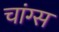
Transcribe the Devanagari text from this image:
चांग्स